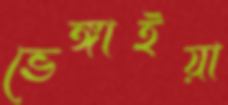
ভেঙ্গাইয়া